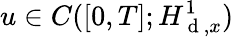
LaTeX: u\in C([0,T];H_{\mathrm{~d~},x}^{1})